Report of the King Institute of Preventive Medicine, Guindy
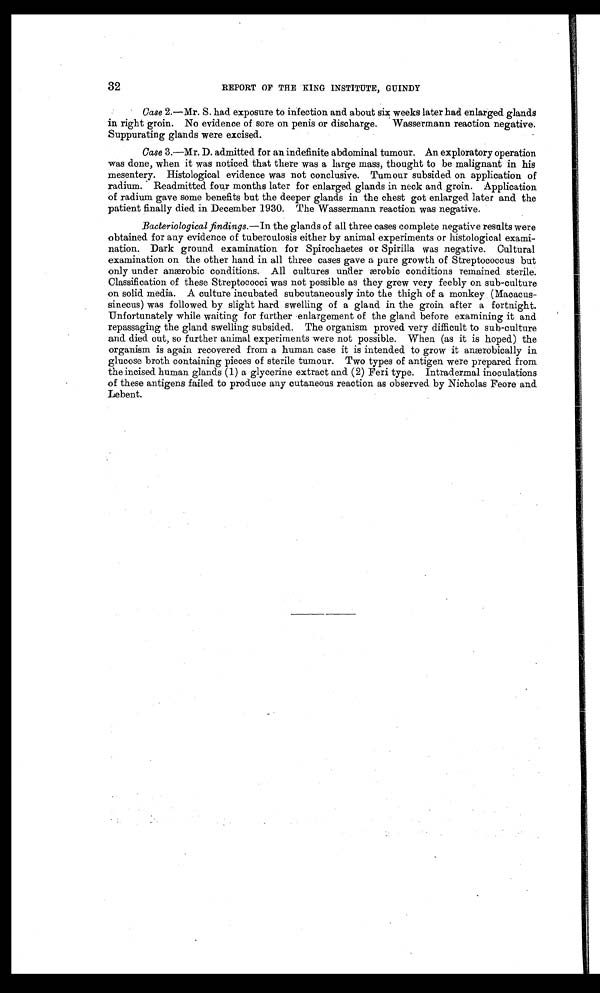
32
REPORT OF THE KING INSTITUTE, GUINDY
Case 2.—Mr. S. had exposure to infection and about six weeks later had enlarged glands
in right groin. No evidence of sore on penis or discharge. Wassermann reaction negative.
Suppurating glands were excised.
Case 3.—Mr. D. admitted for an indefinite abdominal tumour. An exploratory operation
was done, when it was noticed that there was a large mass, thought to be malignant in his
mesentery. Histological evidence was not conclusive. Tumour subsided on application of
radium. Readmitted four months later for enlarged glands in neck and groin. Application
of radium gave some benefits but the deeper glands in the chest got enlarged later and the
patient finally died in December 1930. The Wassermann reaction was negative.
Bacteriological findings. —In the glands of all three cases complete negative results were
obtained for any evidence of tuberculosis either by animal experiments or histological exami
-
nation. Dark ground examination for Spirochaetes or Spirilla was negative. Cultural
examination on the other hand in all three cases gave a pure growth of Streptococcus but
only under anærobic conditions. All cultures under ærobic conditions remained sterile.
Classification of these Streptococci was not possible as they grew very feebly on sub-culture
on solid media. A culture incubated subcutaneously into the thigh of a monkey (Macacus
-
sinecus) was followed by slight hard swelling of a gland in the groin after a fortnight.
Unfortunately while waiting for further enlargement of the gland before examining it and
repassaging the gland swelling subsided. The organism proved very difficult to sub-culture
and died out, so further animal experiments were not possible. When (as it is hoped) the
organism is again recovered from a human case it is intended to grow it anærobically in
glucose broth containing pieces of sterile tumour. Two types of antigen were prepared from
the incised human glands (1) a glycerine extract and (2) Feri type. Intradermal inoculations
of these antigens failed to produce any cutaneous reaction as observed by Nicholas Feore and
Lebent.